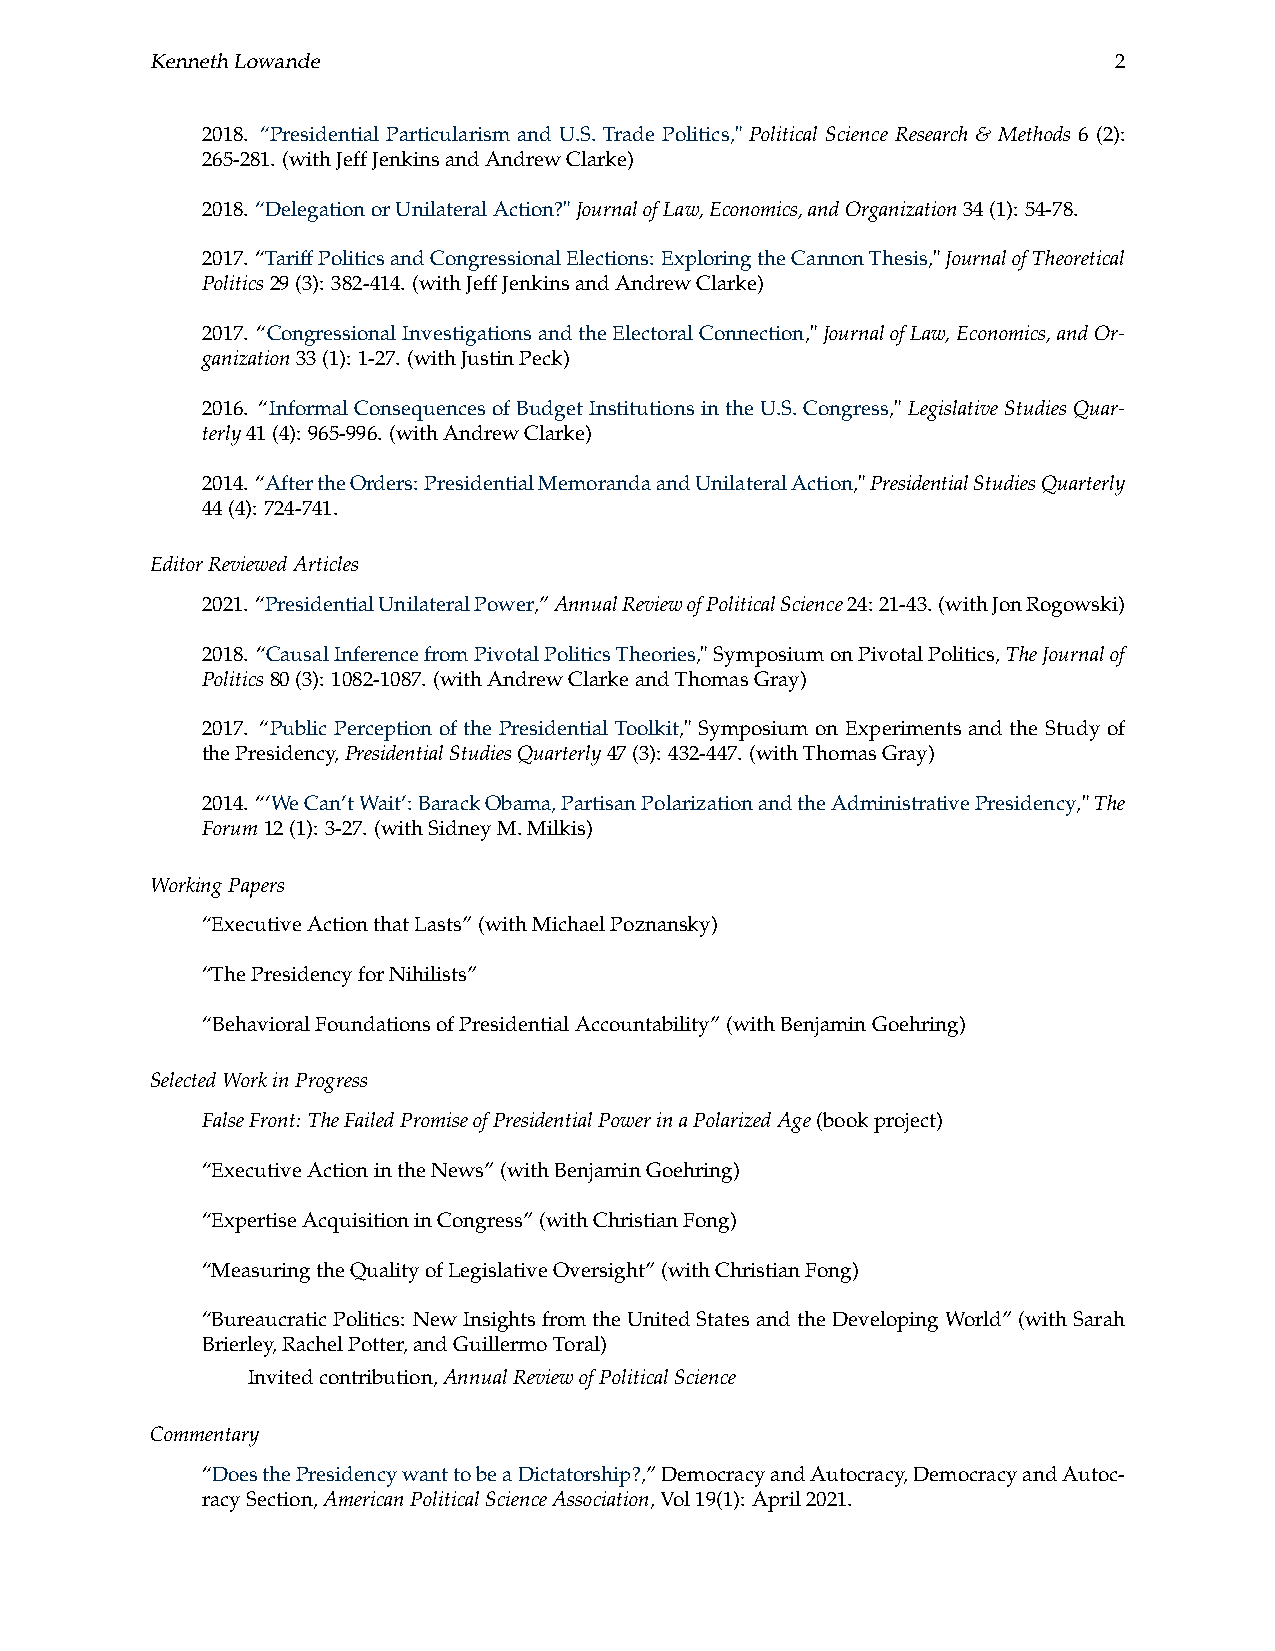
KennethLowande                                                  2
 2018. “Presidential Particularism and U.S. Trade Politics," Political Science Research & Methods 6 (2):
 265-281. (withJeffJenkinsandAndrewClarke)
 2018. “DelegationorUnilateralAction?"JournalofLaw,Economics,andOrganization34(1): 54-78.
 2017. “TariffPoliticsandCongressionalElections: ExploringtheCannonThesis,"JournalofTheoretical
 Politics29(3): 382-414. (withJeffJenkinsandAndrewClarke)
 2017. “CongressionalInvestigationsandtheElectoralConnection,"JournalofLaw,Economics,andOr-
 ganization33(1): 1-27. (withJustinPeck)
 2016. “Informal Consequences of Budget Institutions in the U.S. Congress," Legislative Studies Quar-
 terly41(4): 965-996. (withAndrewClarke)
 2014.“AftertheOrders:PresidentialMemorandaandUnilateralAction,"PresidentialStudiesQuarterly
 44(4): 724-741.
 EditorReviewedArticles
 2021.“PresidentialUnilateralPower,”AnnualReviewofPoliticalScience24:21-43.(withJonRogowski)
 2018. “CausalInferencefromPivotalPoliticsTheories,"SymposiumonPivotalPolitics,TheJournalof
 Politics80(3): 1082-1087. (withAndrewClarkeandThomasGray)
 2017. “Public Perception of the Presidential Toolkit," Symposium on Experiments and the Study of
 thePresidency,PresidentialStudiesQuarterly47(3): 432-447. (withThomasGray)
 2014. “‘WeCan’tWait’:BarackObama,PartisanPolarizationandtheAdministrativePresidency,"The
 Forum12(1): 3-27. (withSidneyM.Milkis)
 WorkingPapers
 “ExecutiveActionthatLasts”(withMichaelPoznansky)
 “ThePresidencyforNihilists”
 “BehavioralFoundationsofPresidentialAccountability”(withBenjaminGoehring)
 SelectedWorkinProgress
 FalseFront: TheFailedPromiseofPresidentialPowerinaPolarizedAge(bookproject)
 “ExecutiveActionintheNews”(withBenjaminGoehring)
 “ExpertiseAcquisitioninCongress”(withChristianFong)
 “MeasuringtheQualityofLegislativeOversight”(withChristianFong)
 “BureaucraticPolitics: NewInsightsfromtheUnitedStatesandtheDevelopingWorld”(withSarah
 Brierley,RachelPotter,andGuillermoToral)
 Invitedcontribution,AnnualReviewofPoliticalScience
 Commentary
 “DoesthePresidencywanttobeaDictatorship?,”DemocracyandAutocracy,DemocracyandAutoc-
 racySection,AmericanPoliticalScienceAssociation,Vol19(1): April2021.